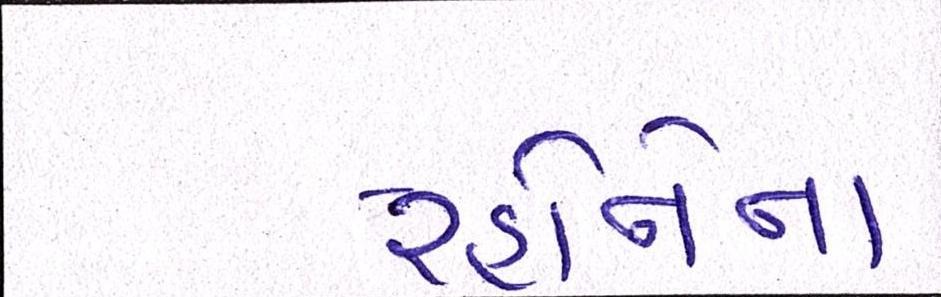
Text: રહાનેના